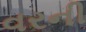
વરની